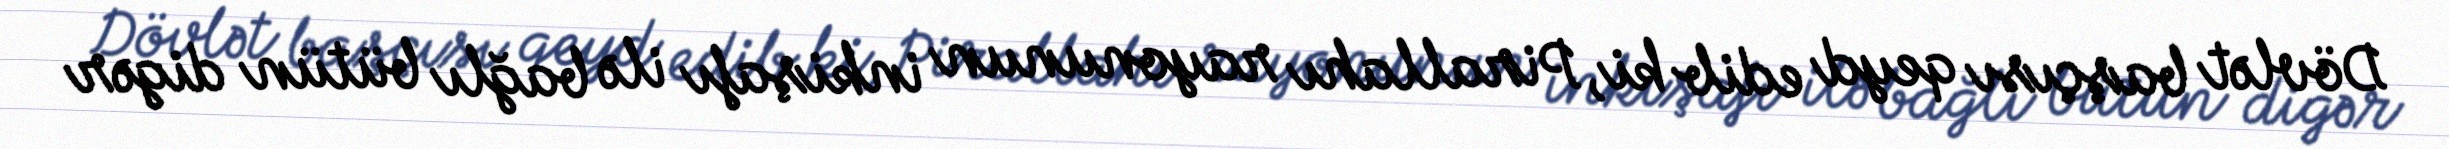
Dövlət başçısı qeyd edib ki, Pirallahı rayonunun inkişafı ilə bağlı bütün digər